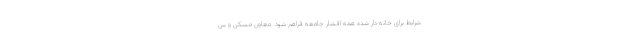
شرایط برای خانه دار شده همه اقشار جامعه فراهم شود. معاون مسکن و س